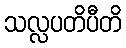
သလ္လပတိပီတိ